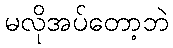
မလိုအပ်တော့ဘဲ